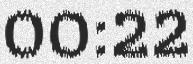
00:22